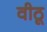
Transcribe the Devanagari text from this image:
वीठू